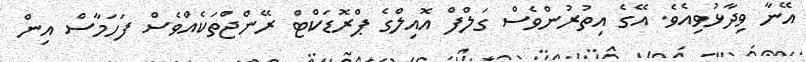
އޭނާ ވިދާޅުވިއެވެ. އޭގެ އިތުރުންވެސް ގަލްފް އޮއިލްގެ ޕްރޮޑަކްޓް ރޭންޖްތަކެއްވެސް ފަހަމާސް އިން